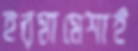
হরমামেশাই